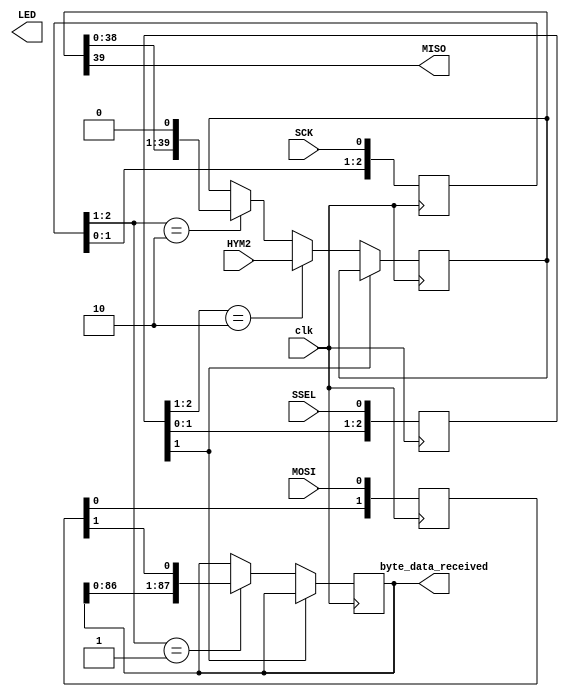
module SPI_slave(clk, SCK, MOSI, MISO, SSEL, LED,byte_data_received,HYM2);
input clk;
output reg [87:0] byte_data_received; 
input SCK, SSEL, MOSI;
output MISO;
output LED;
input [39:0]HYM2; //      
//input final_bite_receive; //  =1      , ..  HYM  .



// sync SCK to the FPGA clock using a 3-bits shift register
reg [2:0] SCKr;  always @(posedge clk) SCKr <= {SCKr[1:0], SCK};
wire SCK_risingedge = (SCKr[2:1]==2'b01);  // now we can detect SCK rising edges
wire SCK_fallingedge = (SCKr[2:1]==2'b10);  // and falling edges

// same thing for SSEL
reg [2:0] SSELr;  always @(posedge clk) SSELr <= {SSELr[1:0], SSEL};
wire SSEL_active = ~SSELr[1];  // SSEL is active low
wire SSEL_startmessage = (SSELr[2:1]==2'b10);  // message starts at falling edge
//wire SSEL_endmessage = (SSELr[2:1]==2'b01);  // message stops at rising edge

// and for MOSI
reg [1:0] MOSIr;  always @(posedge clk) MOSIr <= {MOSIr[0], MOSI};
wire MOSI_data = MOSIr[1];

// we handle SPI in 87-bits format, so we need a 7 bits counter to count the bits as they come in
reg [6:0] bitcnt;

reg byte_received;  // high when a byte has been received
reg [7:0] cnt;
reg [39:0] HYM_send; //        ,      .

always @(posedge clk)
begin
	if(~SSEL_active) begin
		bitcnt<=7'b0000000;
   end else begin
		if(SCK_risingedge) begin
			bitcnt<=bitcnt+7'b0000001;
			byte_data_received <= {byte_data_received[86:0], MOSI_data}; 
		end
	end
end

always @(posedge clk)
begin
	if (SSEL_active) begin
		if(SSEL_startmessage) begin
			HYM_send<=HYM2; //             .
		end else begin
			if(SCK_fallingedge)begin
				HYM_send<=HYM_send<<1;
			end
		end
	end
end

assign MISO=HYM_send[39:39];

endmodule